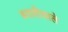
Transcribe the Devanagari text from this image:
बदलीवाले